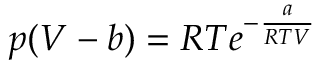
p ( V - b ) = R T e ^ { - { \frac { a } { R T V } } }